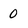
Character: 0